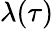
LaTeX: \lambda(\tau)